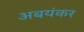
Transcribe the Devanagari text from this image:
अबयंकर